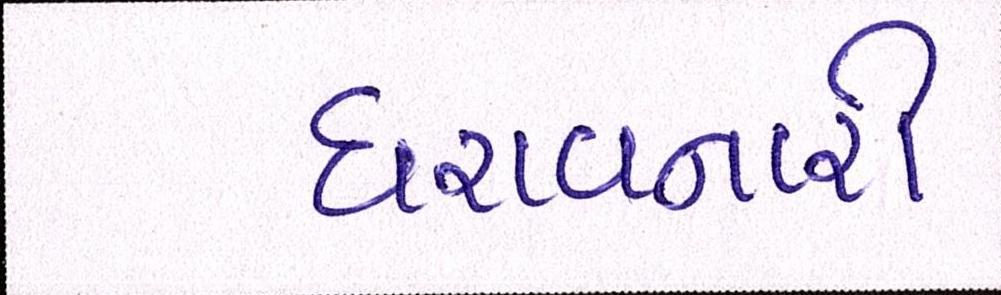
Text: ધરાવનારી